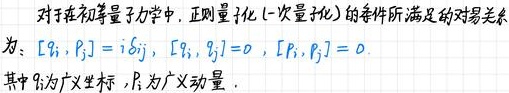
对于在初等量子力学中，正则量子化（一次量子化）的算符所满足的对易关系为：$[\hat{q}_i, \hat{p}_j] = \mathrm{i} \hbar \delta_{ij}$, $[\hat{q}_i, \hat{q}_j] = 0$, $[\hat{p}_i, \hat{p}_j] = 0$. 其中$\hat{q}_i$为广义坐标，$\hat{p}_i$为广义动量.